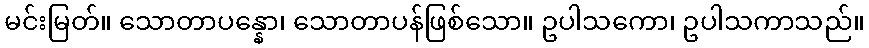
မင်းမြတ်။ သောတာပန္နော၊ သောတာပန်ဖြစ်သော။ ဥပါသကော၊ ဥပါသကာသည်။